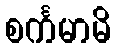
စင်္ကမာမိ